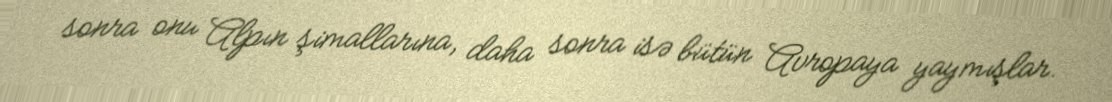
sonra onu Alpın şimallarına, daha sonra isə bütün Avropaya yaymışlar.